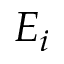
E _ { i }